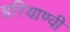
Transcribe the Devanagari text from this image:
हरियाण्वी